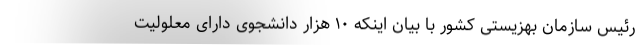
رئیس سازمان بهزیستی کشور با بیان اینکه ۱۰ هزار دانشجوی دارای معلولیت